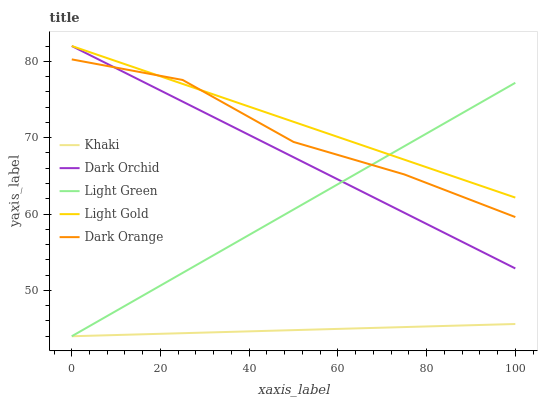
| xaxis_label | Khaki | Dark Orchid | Light Green | Light Gold | Dark Orange |
 | --- | --- | --- | --- | --- | --- |
 | 0 | 44 | 82 | 44 | 82 | 80.2 |
 | 25 | 44.4 | 74.7 | 52.3 | 77 | 77.6 |
 | 50 | 44.8 | 67.4 | 60.6 | 72.1 | 69.4 |
 | 75 | 45.2 | 60.2 | 68.9 | 67.1 | 65.2 |
 | 100 | 45.6 | 52.9 | 77.2 | 62.2 | 59.6 |